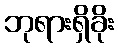
ဘုရားရှိခိုး